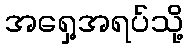
အရှေ့အရပ်သို့